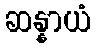
ဆန္နာယံ